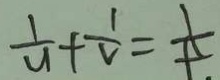
\frac { 1 } { u } + \frac { 1 } { v } = \frac { 1 } { t }